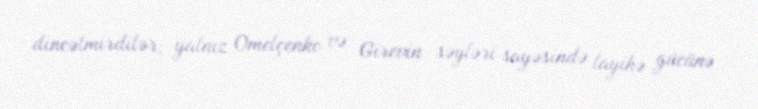
dincəlmirdilər; yalnız Omelçenko və Girevin səyləri sayəsində layihə gücünə